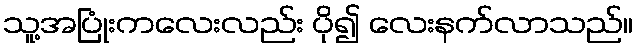
သူ့အပြုံးကလေးလည်း ပို၍ လေးနက်လာသည်။